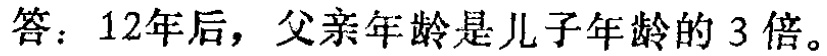
答：12年后，父亲年龄是儿子年龄的3倍。